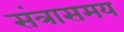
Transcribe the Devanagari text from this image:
संत्रासमय